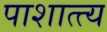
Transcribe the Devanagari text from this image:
पाशात्त्य